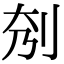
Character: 𠛘